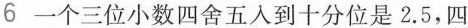
6 一个三位小数四舍五入到十分位是2.5，四